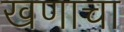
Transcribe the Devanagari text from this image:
खणाचा